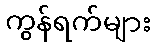
ကွန်ရက်များ